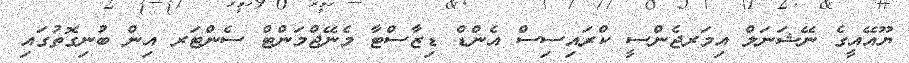
ޔޫއޭއީގެ ނޭޝަނަލް އިމަރޖެންސީ ކްރައިސިސް އެންޑް ޑިޒާސްޓާ މެނޭޖްމަންޓް ސެންޓަރ އިން ބުނިގޮތުގައި